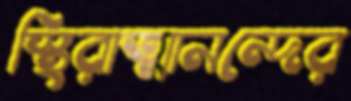
স্থিরাত্মানন্দের